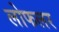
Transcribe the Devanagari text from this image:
लोफलर